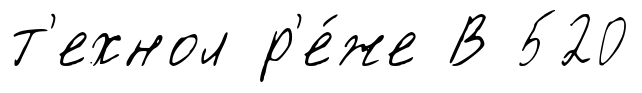
т'ехнол р'е́же В 520